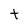
Character: t